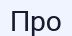
Про